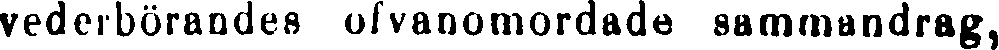
vederbörandes ofvanomordade sammandrag,